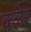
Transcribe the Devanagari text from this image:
क्लैर